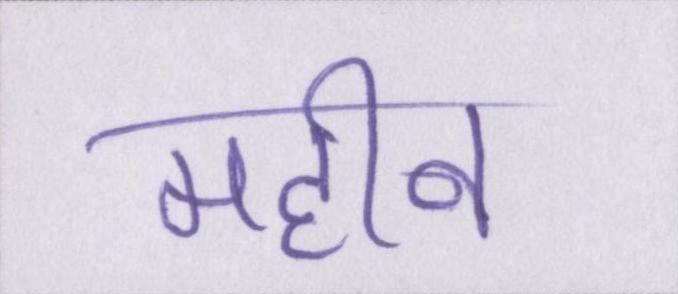
महीन